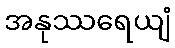
အနုဿရေယျံ